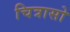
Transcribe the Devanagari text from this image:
चित्रासो